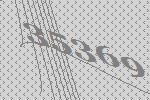
35369